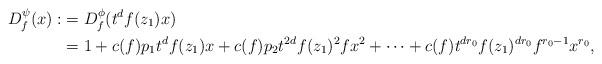
LaTeX: \begin{align*}D^{\psi}_f(x):&=D^{\phi}_{f}(t^df(z_1)x)\\&=1+c(f)p_1t^df(z_1) x+ c(f)p_2t^{2d}f(z_1)^2fx^2 + \dots + c(f)t^{dr_0}f(z_1)^{dr_0}f^{r_0-1}x^{r_0},\end{align*}